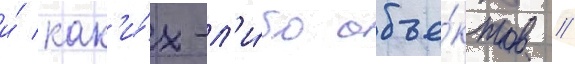
и́ как'и́х-л'и́бо объе́ктов //